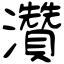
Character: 灒